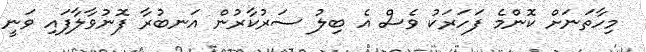
މިހާތަނަށް ކޮންމެ ފަހަރަކު ވެސް އެ ބިލު ސަރުކާރުން އަނބުރާ ފޮނުވާލާފައި ވަނީ